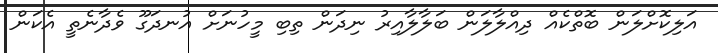
އަލިކޮށްލަން ބޮތްކެއް ދިއްލާލަން ބަލާލާއިރު ނިދަން ތިބި މީހުނަށް އުނދަގޫ ވެދާނެތީ އެކަން